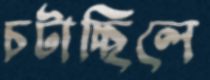
চটাচ্ছিলে